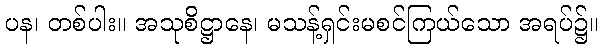
ပန၊ တစ်ပါး။ အသုစိဋ္ဌာနေ၊ မသန့်ရှင်းမစင်ကြယ်သော အရပ်၌။